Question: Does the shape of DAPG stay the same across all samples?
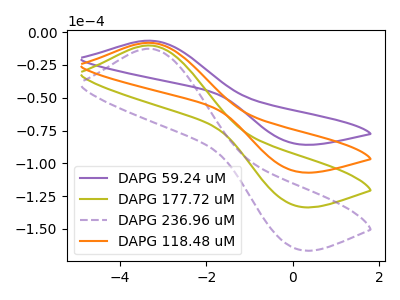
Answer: <think>The purple curve "DAPG 59.24 uM" has an anodic peak at (-3.35V, -6.55uA) and a cathodic peak at (0.05V, -84.95uA). The olive curve "DAPG 177.72 uM" has an anodic peak at (-3.35V, -16.30uA) and a cathodic peak at (0.05V, -211.80uA). The purple dashed curve "DAPG 236.96 uM" has an anodic peak at (-3.35V, -24.50uA) and a cathodic peak at (0.05V, -317.70uA). The orange curve "DAPG 118.48 uM" has an anodic peak at (-3.35V, -8.15uA) and a cathodic peak at (0.05V, -105.90uA).
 All the peaks in "DAPG 59.24 uM" have a peak in "DAPG 177.72 uM" at the same potential. All the peaks in "DAPG 59.24 uM" have a peak in "DAPG 236.96 uM" at the same potential. All the peaks in "DAPG 59.24 uM" have a peak in "DAPG 118.48 uM" at the same potential. All the peaks in "DAPG 177.72 uM" have a peak in "DAPG 236.96 uM" at the same potential. All the peaks in "DAPG 177.72 uM" have a peak in "DAPG 118.48 uM" at the same potential. All the peaks in "DAPG 236.96 uM" have a peak in "DAPG 118.48 uM" at the same potential.</think>
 <answer>All the CV's of "DAPG" have similar shape.</answer>
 <eval>follow_rule</eval>